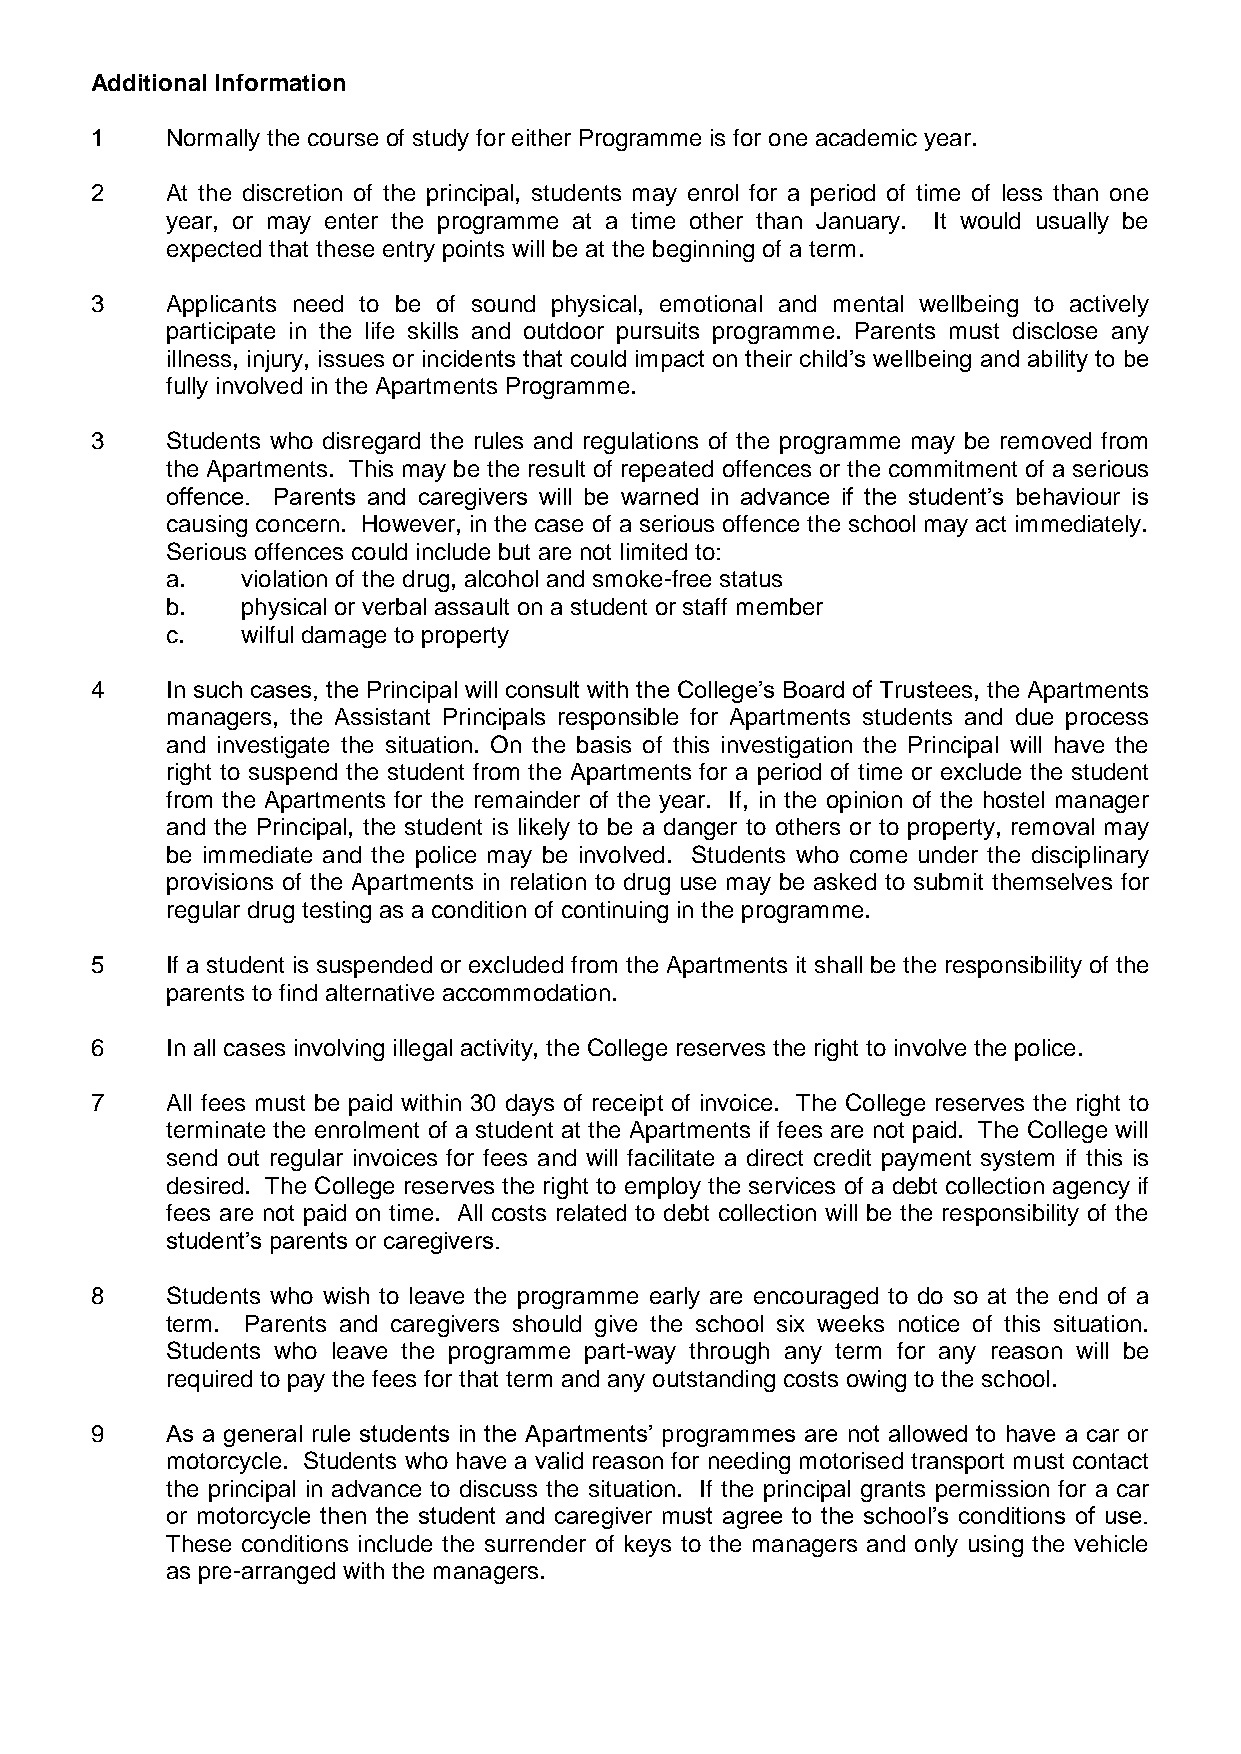
Additional Information
 1    Normally the course of study for either Programme is for one academic year.
 2    At the discretion of the principal, students may enrol for a period of time of less than one
 year, or may enter the programme at a time other than January. It would usually be
 expected that these entry points will be at the beginning of a term.
 3    Applicants need to be of sound physical, emotional and mental wellbeing to actively
 participate in the life skills and outdoor pursuits programme. Parents must disclose any
 illness, injury, issues or incidents that could impact on their child’s wellbeing and ability to be
 fully involved in the Apartments Programme.
 3    Students who disregard the rules and regulations of the programme may be removed from
 the Apartments. This may be the result of repeated offences or the commitment of a serious
 offence. Parents and caregivers will be warned in advance if the student’s behaviour is
 causing concern. However, in the case of a serious offence the school may act immediately.
 Serious offences could include but are not limited to:
 a.   violation of the drug, alcohol and smoke-free status
 b.   physical or verbal assault on a student or staff member
 c.   wilful damage to property
 4    In such cases, the Principal will consult with the College’s Board of Trustees, the Apartments
 managers, the Assistant Principals responsible for Apartments students and due process
 and investigate the situation. On the basis of this investigation the Principal will have the
 right to suspend the student from the Apartments for a period of time or exclude the student
 from the Apartments for the remainder of the year. If, in the opinion of the hostel manager
 and the Principal, the student is likely to be a danger to others or to property, removal may
 be immediate and the police may be involved. Students who come under the disciplinary
 provisions of the Apartments in relation to drug use may be asked to submit themselves for
 regular drug testing as a condition of continuing in the programme.
 5    If a student is suspended or excluded from the Apartments it shall be the responsibility of the
 parents to find alternative accommodation.
 6    In all cases involving illegal activity, the College reserves the right to involve the police.
 7    All fees must be paid within 30 days of receipt of invoice. The College reserves the right to
 terminate the enrolment of a student at the Apartments if fees are not paid. The College will
 send out regular invoices for fees and will facilitate a direct credit payment system if this is
 desired. The College reserves the right to employ the services of a debt collection agency if
 fees are not paid on time. All costs related to debt collection will be the responsibility of the
 student’s parents or caregivers.
 8    Students who wish to leave the programme early are encouraged to do so at the end of a
 term. Parents and caregivers should give the school six weeks notice of this situation.
 Students who leave the programme part-way through any term for any reason will be
 required to pay the fees for that term and any outstanding costs owing to the school.
 9    As a general rule students in the Apartments’ programmes are not allowed to have a car or
 motorcycle. Students who have a valid reason for needing motorised transport must contact
 the principal in advance to discuss the situation. If the principal grants permission for a car
 or motorcycle then the student and caregiver must agree to the school’s conditions of use.
 These conditions include the surrender of keys to the managers and only using the vehicle
 as pre-arranged with the managers.